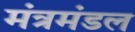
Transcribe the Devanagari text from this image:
मंत्रमंडल